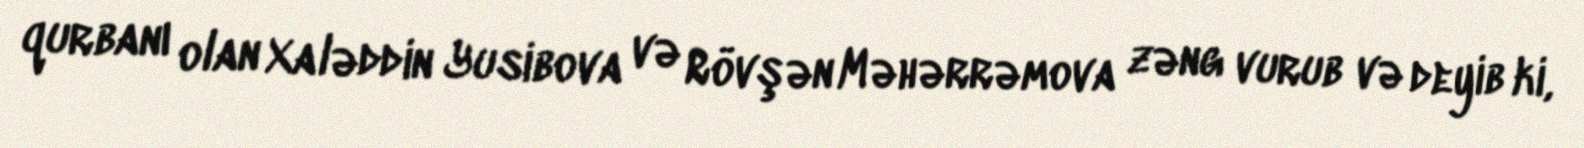
qurbanı olan Xaləddin Yusibova və Rövşən Məhərrəmova zəng vurub və deyib ki,